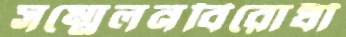
সম্মেলনবিরোধী